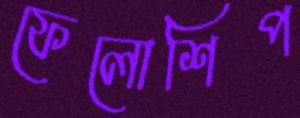
ফেলোশিপ